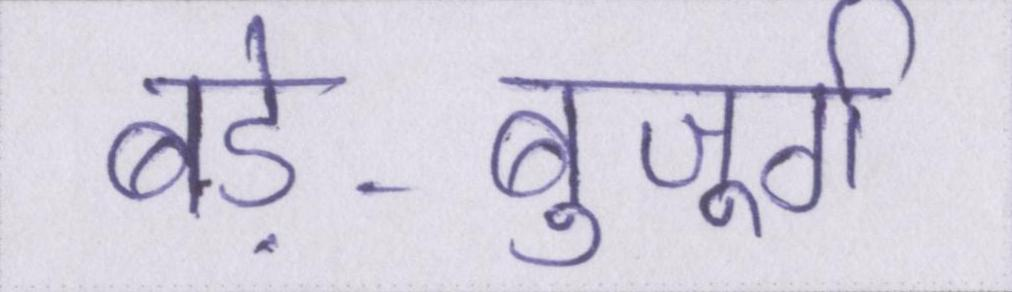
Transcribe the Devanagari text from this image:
बड़े-बुजूर्ग